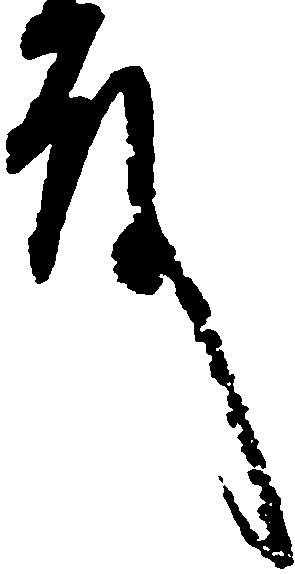
殿